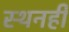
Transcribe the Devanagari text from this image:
स्थनही